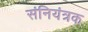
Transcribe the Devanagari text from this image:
संनियंत्रक